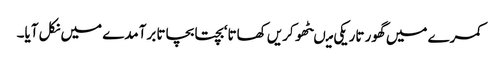
کمرے میں گھور تاریکی میںٹھو کریں کھاتا‘ بچتا بچاتا برآمدے میں نکل آیا۔